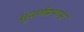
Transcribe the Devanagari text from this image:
सुवर्णप्रभास